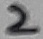
Text: 2